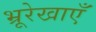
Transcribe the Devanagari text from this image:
भ्रूरेखाएँ